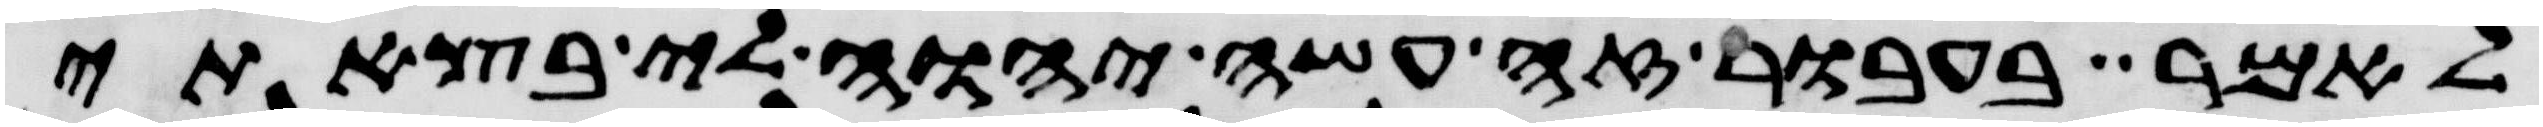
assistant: לאמר בעבור זה עשה יהוה לי בצאתי